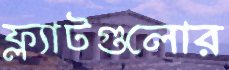
ফ্ল্যাটগুলোর